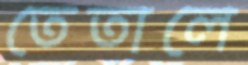
তেতালে